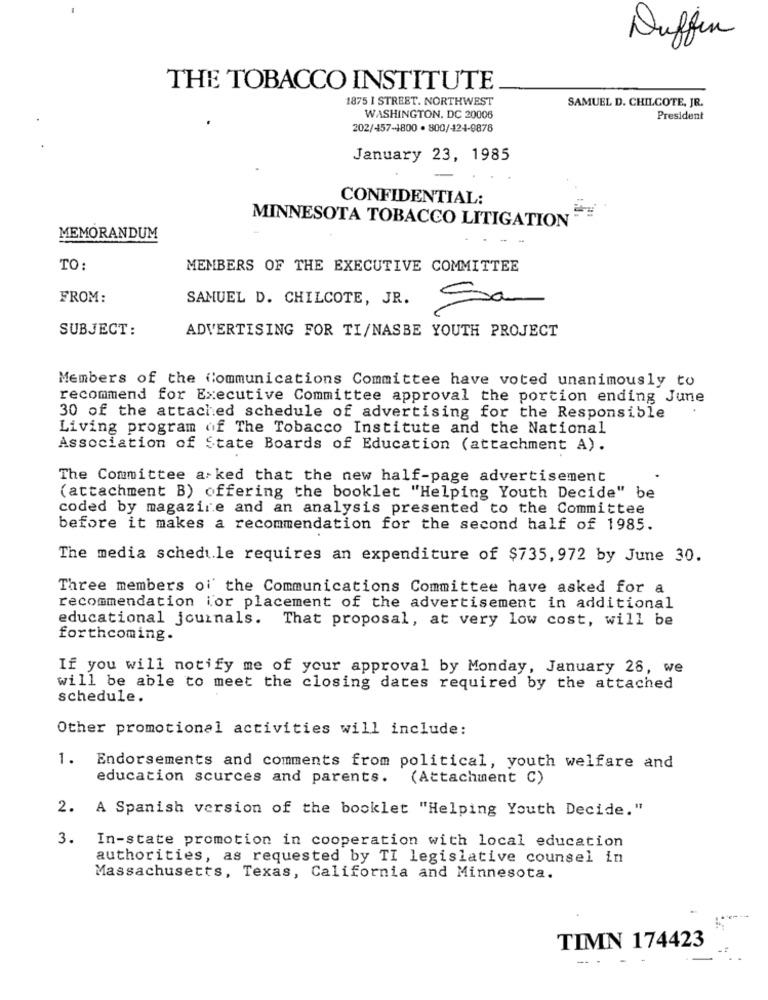
Duffin
THE TOBACCO INSTITUTE
1875 I STREET. NORTHWEST
SAMUEL D. CHILCOTE, JR.
WASHINGTON, DC 20006
President
202/457-1800 · 800/424-9878
January 23, 1985
CONFIDENTIAL:
MINNESOTA TOBACCO LITIGATION
MEMORANDUM
TO:
MEMBERS OF THE EXECUTIVE COMMITTEE
FROM:
SAMUEL D. CHILCOTE, JR.
Sa
SUBJECT:
ADVERTISING FOR TI/NASBE YOUTH PROJECT
Members of the communications Committee have voted unanimously to
recommend for Executive Committee approval the portion ending June
30 of the attached schedule of advertising for the Responsible
Living program of The Tobacco Institute and the National
Association of State Boards of Education (attachment A).
The Committee a ked that the new half-page advertisement
(attachment B) offering the booklet "Helping Youth Decide" be
coded by magazine and an analysis presented to the Committee
before it makes a recommendation for the second half of 1985.
The media schedule requires an expenditure of $735,972 by June 30.
Three members of' the Communications Committee have asked for a
recommendation ior placement of the advertisement in additional
educational journals. That proposal, at very low cost, will be
forthcoming.
If you will notify me of your approval by Monday, January 28, we
will be able to meet the closing dates required by the attached
schedule.
Other promotional activities will include:
1. Endorsements and comments from political, youth welfare and
education sources and parents. (Attachment C)
2. A Spanish version of the booklet "Helping Youth Decide."
3. In-state promotion in cooperation with local education
authorities, as requested by TI legislative counsel in
Massachusetts, Texas, California and Minnesota.
TIMN 174423